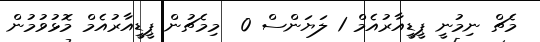
މެޗް ނިމުނީ ޕީޑީއާރުއެމް 1 ލަޔަންސް 0  މިމެޗުން ޕީޑީއާރުއެމް މޮޅުވުމުން